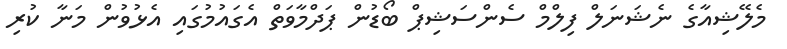
މެލޭޝިއާގެ ނެޝަނަލް ފިލްމް ސެންސަޝިޕް ބޯޑުން ޕަދްމާވަތް އެގައުމުގައި އެޅުވުން މަނާ ކުރި